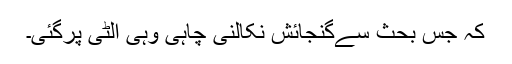
کہ جس بحث سےگنجائش نکالنی چاہی وہی الٹی پرگئی۔